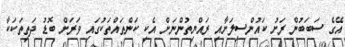
އޭގެ ސަބަބުން ރަށު ކައުންސިލަށާއި ރައްޔިތުންނަށް އެކި ކަންތައްތަކުގައި ވަރަށް ބޮޑު ދަތިތަކަކާ